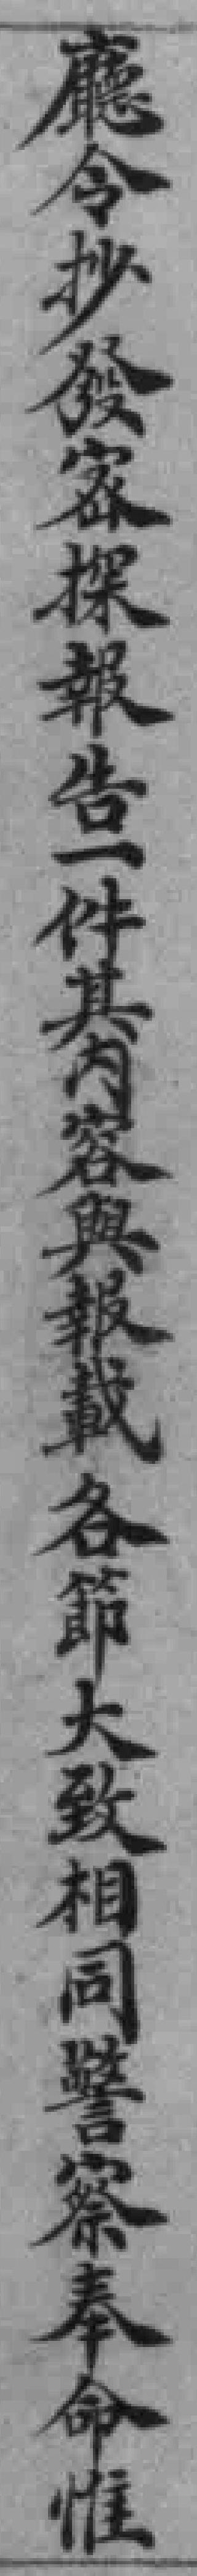
廳令抄發密探報告一件其内容與報載各節大致相同警察奉命惟